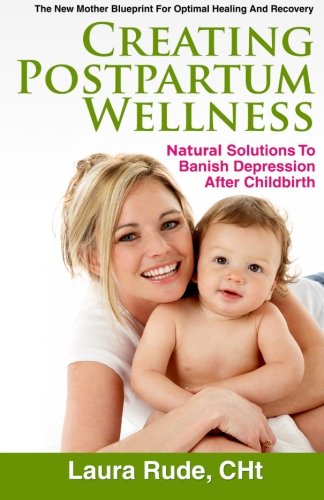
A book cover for Creating Postpartum Wellness, Natural Solutions to Banish Depression after Childbirth; Laura Rude; Health, Fitness & Dieting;